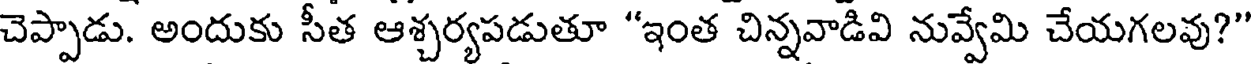
చెప్పాడు. అందుకు సీత ఆశ్చర్యపడుతూ "ఇంత చిన్నవాడివి నువ్వేమి చేయగలవు?"